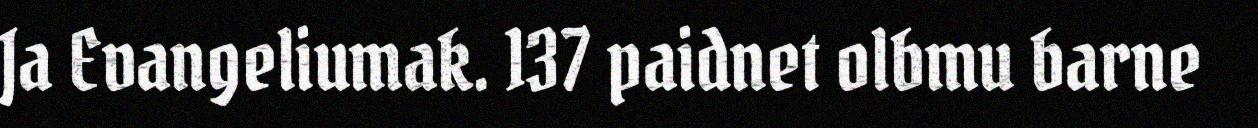
Ja Evangeliumak. 137 paidnet olbmu barne